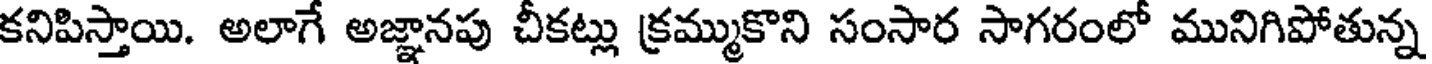
కనిపిస్తాయి. అలాగే అజ్ఞానపు చీకట్లు క్రమ్ముకొని సంసార సాగరంలో మునిగిపోతున్న